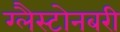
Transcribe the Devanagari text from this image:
ग्लैस्टोनबरी